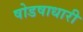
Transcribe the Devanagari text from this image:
षोडषाधारी